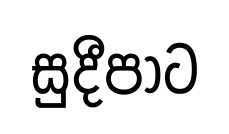
සුදීපාට